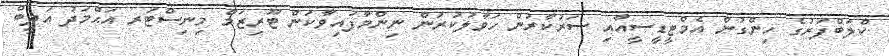
ކްލަބްފަރުގެ ހިންގުން އެމްޓީޑީސީއާއި ސަރުކާރުން ހަވާލުކުރަން ނިންމާފައިވާކަން ޓޫރިޒަމް މިނިސްޓަރ އަޙްމަދު އަދީބް